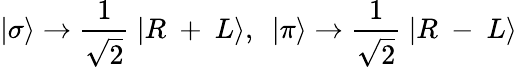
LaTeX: |\sigma\rangle\rightarrow\frac{1}{\sqrt{2}}~|R~+~L\rangle,\ \ |\pi\rangle\rightarrow\frac{1}{\sqrt{2}}~|R~-~L\rangle